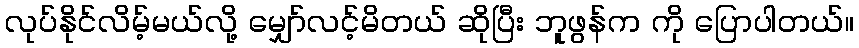
လုပ်နိုင်လိမ့်မယ်လို့ မျှော်လင့်မိတယ် ဆိုပြီး ဘူဖွန်က ကို ပြောပါတယ်။